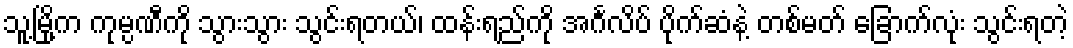
သူ့မြို့က ကုမ္ပဏီကို သွားသွား သွင်းရတယ်၊ ထန်းရည်ကို အင်္ဂလိပ် ပိုက်ဆံနဲ့ တစ်မတ် ခြောက်လုံး သွင်းရတဲ့